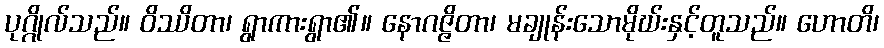
ပုဂ္ဂိုလ်သည်။ ဝိဿိတာ၊ ရွာကားရွာ၏။ နောဂဇ္ဇိတာ၊ မချုန်းသောမိုဃ်းနှင့်တူသည်။ ဟောတိ၊